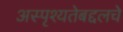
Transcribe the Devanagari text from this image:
अस्पृश्यतेबद्दलचे